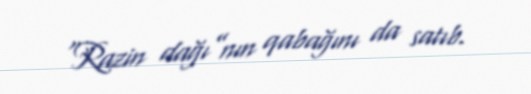
“Razin dağı”nın qabağını da satıb.